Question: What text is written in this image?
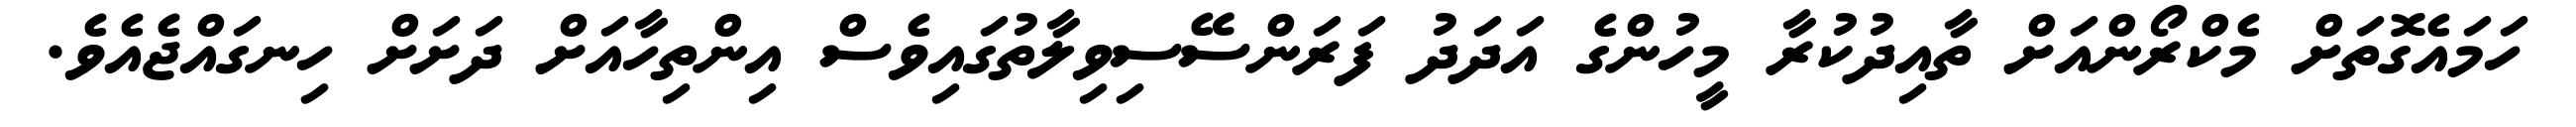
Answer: ހަމައެގޮތަށް މެކްރޯންއަށް ތާއިދުކުރާ މީހުންގެ އަދަދު ފަރަންސޭސިވިލާތުގައިވެސް އިންތިހާއަށް ދަށަށް ހިނގައްޖެއެވެ.